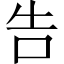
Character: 告